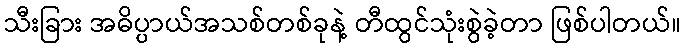
သီးခြား အဓိပ္ပာယ်အသစ်တစ်ခုနဲ့ တီထွင်သုံးစွဲခဲ့တာ ဖြစ်ပါတယ်။